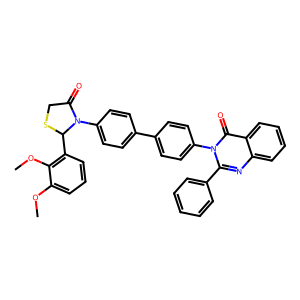
SMILES: COc1cccc(C2SCC(=O)N2c2ccc(-c3ccc(-n4c(-c5ccccc5)nc5ccccc5c4=O)cc3)cc2)c1OC
Inhibits HIV replication: No